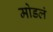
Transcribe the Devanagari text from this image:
मोडलं